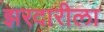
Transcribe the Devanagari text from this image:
झरदारीला